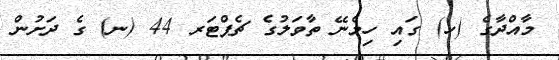
މާއްދާގެ (ހ) ގައި ހިމެނޭ ތާވަލުގެ ޗެޕްޓަރ 44 (ނ) ގެ ދަށުން